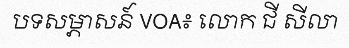
បទសម្ភាសន៍ VOA៖ លោក ជី សីលា